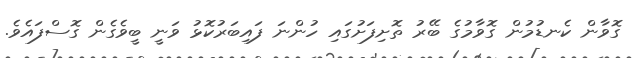
ގޮވާން ކެނޑުމުން ގޮވާމުގެ ބޭރު ތޮށިފަށުގައި ހުންނަ ފައިބަރުކޮޅު ވަނީ ބީވެގެން ގޮސްފައެވެ.